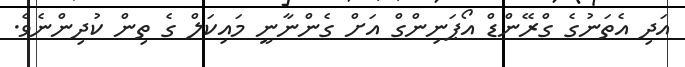
އަދި އެތަނުގެ ގްރޭންޑް އޯޕަނިންގް އަށް ގެންނާނީ މައިކަލް ގެ ތިން ކުދިންނެވެ.